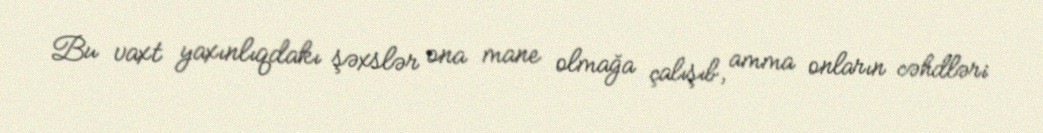
Bu vaxt yaxınlıqdakı şəxslər ona mane olmağa çalışıb, amma onların cəhdləri